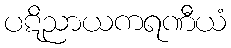
ပဋိညာယကရဏီယံ